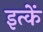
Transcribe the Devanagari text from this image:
इत्कें